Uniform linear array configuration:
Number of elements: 16
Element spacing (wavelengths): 1
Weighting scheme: kaiser
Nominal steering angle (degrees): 45
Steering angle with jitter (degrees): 45.669
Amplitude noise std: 0.05
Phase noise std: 0.05

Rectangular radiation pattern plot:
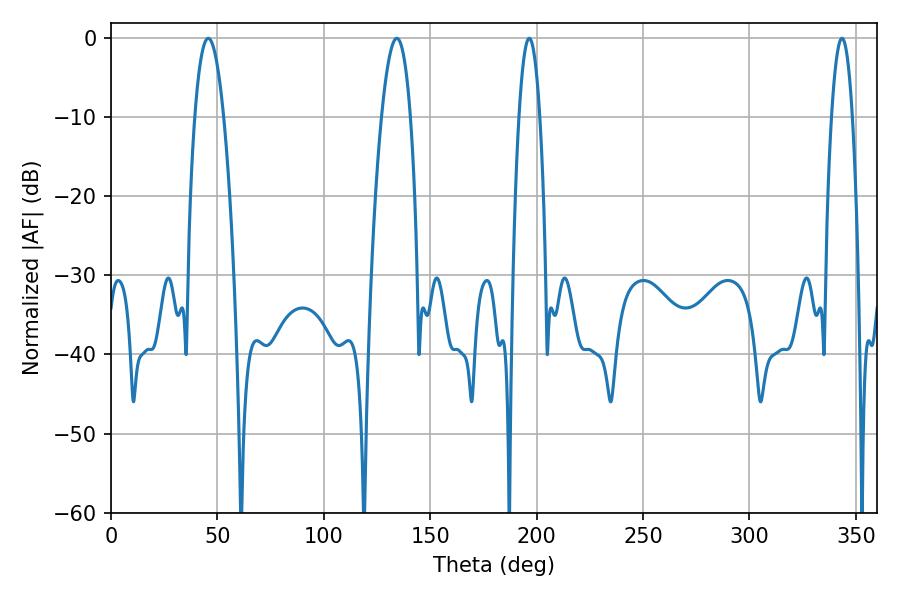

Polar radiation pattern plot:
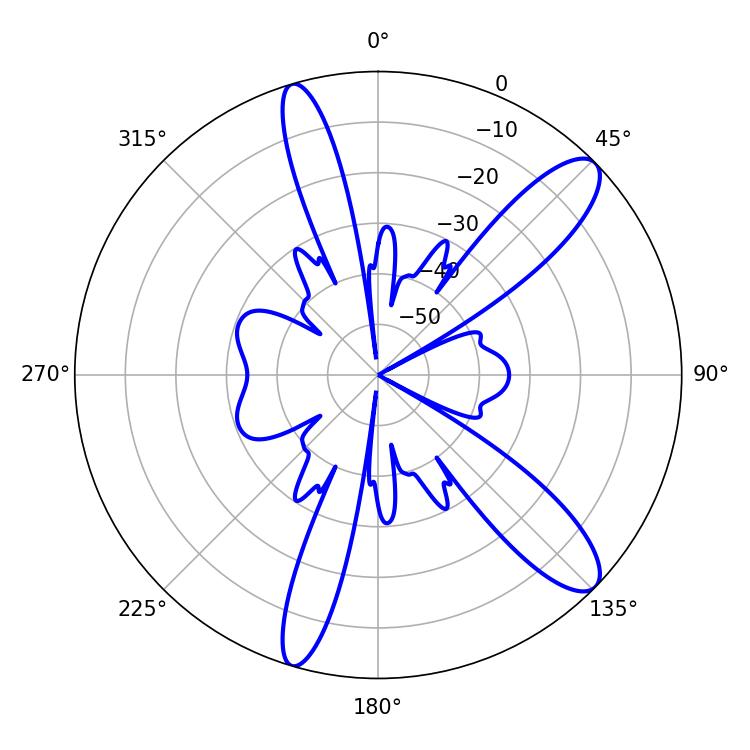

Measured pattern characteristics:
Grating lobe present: TRUE
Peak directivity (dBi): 11.451
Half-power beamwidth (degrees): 7.38
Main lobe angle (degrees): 45.72